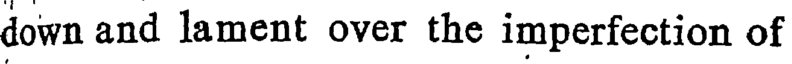
down and lament over the imperfection of